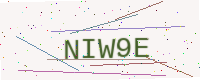
Text: NIW9E